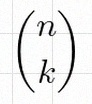
\binom{n}{k}